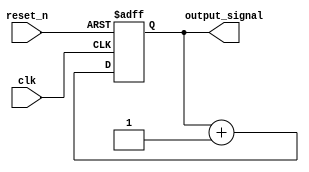
module async_reset_example (
    input wire clk,        // Clock signal
    input wire reset_n,    // Active-low asynchronous reset signal
    output reg output_signal // Primary output of the block
);

// Define the reset value
parameter RESET_VALUE = 0;

// Always block to handle asynchronous reset and clock-driven operations
always @(posedge clk or negedge reset_n) begin
    if (!reset_n) begin
        // Asynchronous reset: set output_signal to reset value
        output_signal <= RESET_VALUE;
    end else begin
        // Normal operation on clock edge
        // Here you can define your state transition logic
        // For example, incrementing the output_signal
        output_signal <= output_signal + 1; // Example operation
    end
end

endmodule